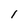
Character: l